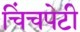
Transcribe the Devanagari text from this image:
चिंचपेटी